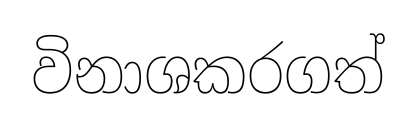
විනාශකරගත්